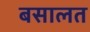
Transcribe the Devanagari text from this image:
बसालत